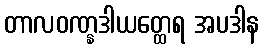
တာလဝဏ္နဒါယတ္ထေရ အပဒါန